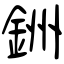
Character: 銂